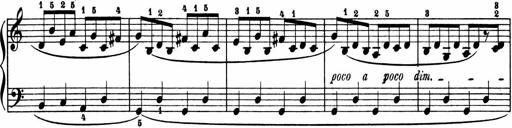
Title: 2 Sonatinen
Composer: Lambertus Adrianus van Tetterode